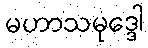
မဟာသမုဒ္ဒေါ